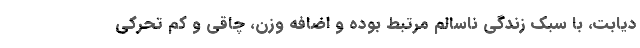
دیابت، با سبک زندگی ناسالم مرتبط بوده و اضافه وزن، چاقی و کم تحرکی